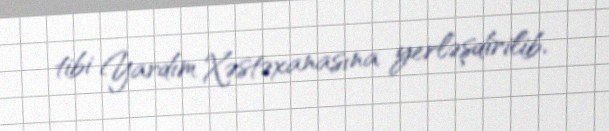
tibi Yardım Xəstəxanasına yerləşdirilib.